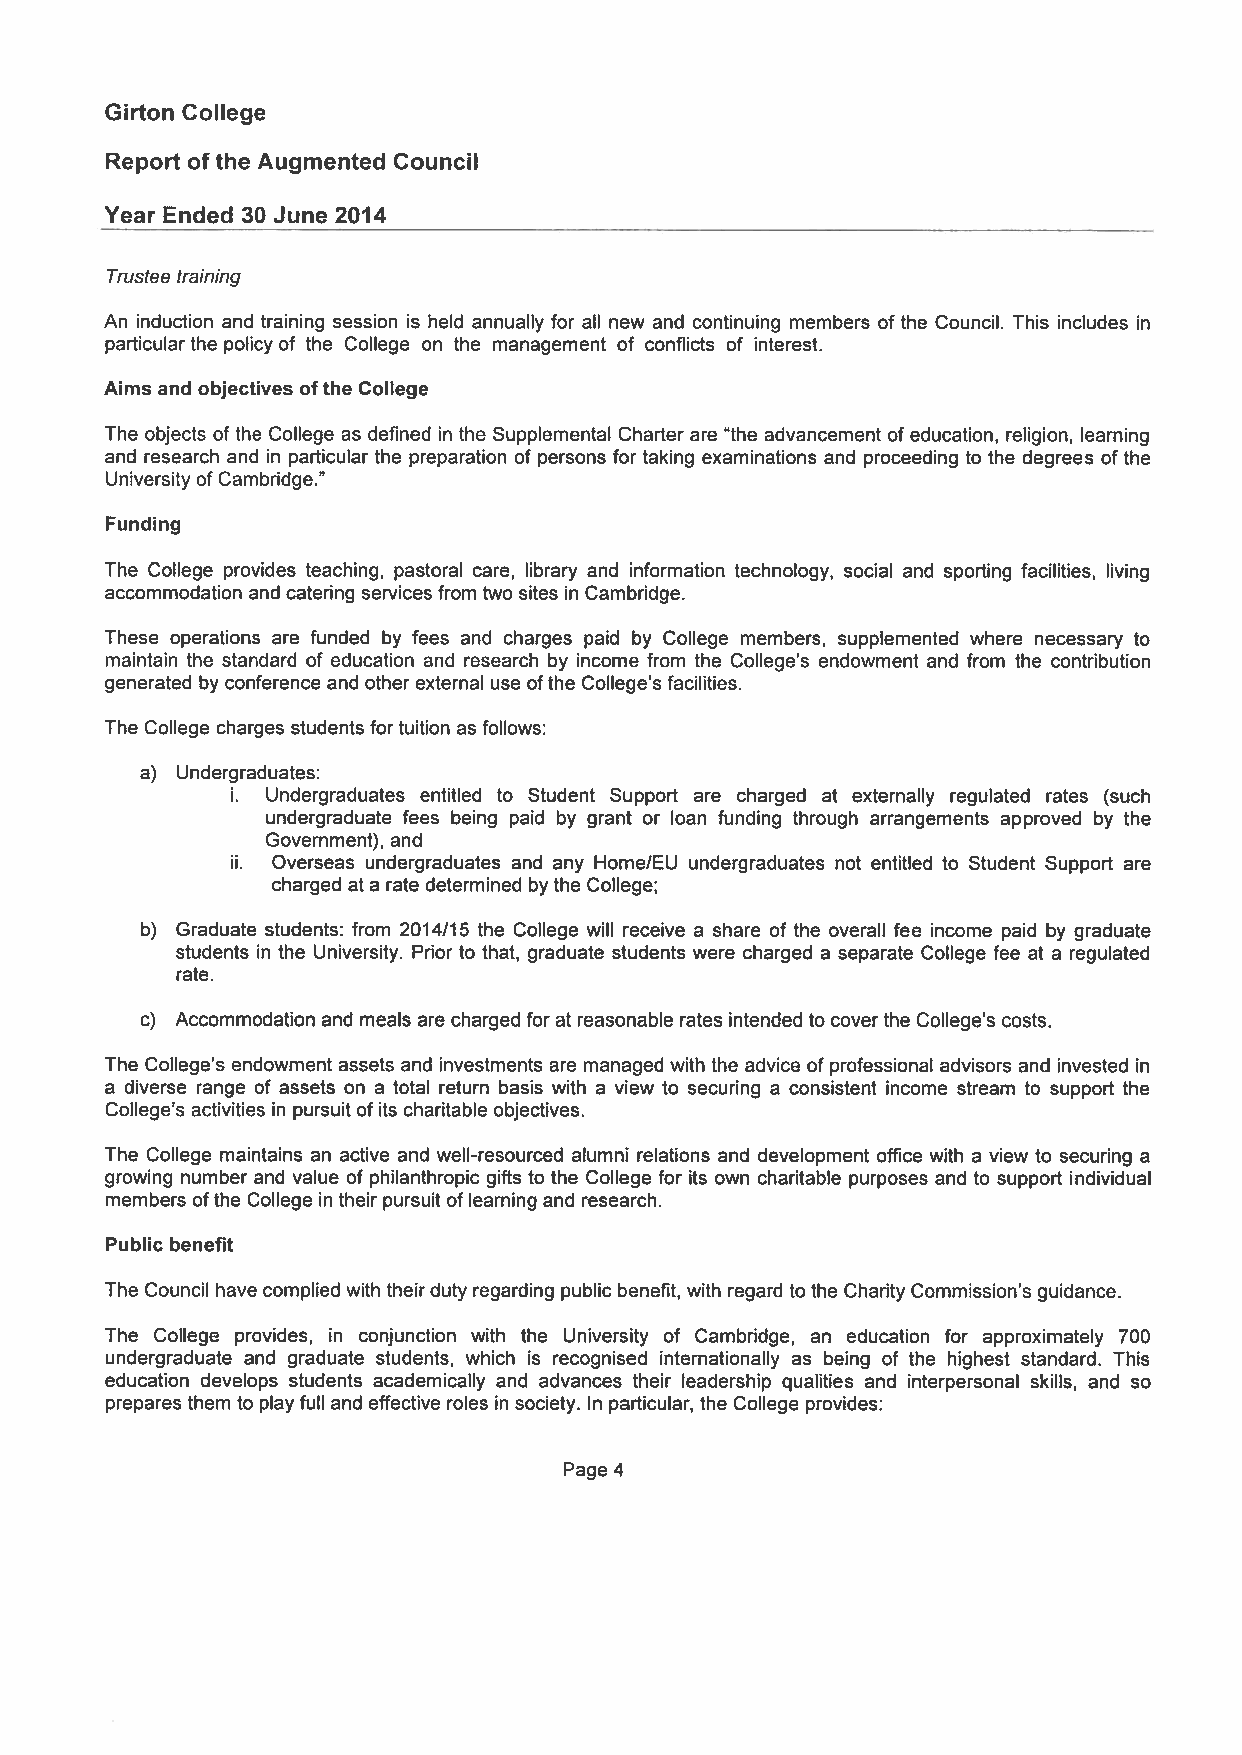
Girton College
 Report of the Augmented Council
 Year Ended 30 June 2014
 Trustee training
 An induction and training session is held annually for all new and continuing members of the Council. This includes in
 particularthe policy of the College on the management of conflicts of interest.
 Aims and objectives ofthe College
 The objects of the College as defined in the Supplemental Charter are the advancement of education, religion, learning
 and research and in particular the preparation of persons for taking examinations and proceeding to the degrees of the
 University of Cambridge.”
 Funding
 The College provides teaching, pastoral care, library and information technology, social and sporting facilities, living
 accommodation and catering services from two sites in Cambridge.
 These operations are funded by fees and charges paid by College members, supplemented where necessary to
 maintain the standard of education and research by income from the College’s endowment and from the contribution
 generated by conference and other external use ofthe College’s facilities.
 The College charges students for tuition as follows:
 a) Undergraduates:
 i. Undergraduates entitled to Student Support are charged at externally regulated rates (such
 undergraduate fees being paid by grant or loan funding through arrangements approved by the
 Government), and
 ii. Overseas undergraduates and any Home/EU undergraduates not entitled to Student Support are
 charged at a rate determined by the College;
 b) Graduate students: from 2014/15 the College will receive a share of the overall fee income paid by graduate
 students in the University. Prior to that, graduate students were charged a separate College fee at a regulated
 rate.
 c) Accommodation and meals are charged for at reasonable rates intended to coverthe College’s costs.
 The College’s endowment assets and investments are managed with the advice of professional advisors and invested in
 a diverse range of assets on a total return basis with a view to securing a consistent income stream to support the
 College’s activities in pursuitofits charitable objectives.
 The College maintains an active and well-resourced alumni relations and development office with a view to securing a
 growing number and value of philanthropic gifts to the College for its own charitable purposes and to support individual
 members ofthe College in their pursuit of learning and research.
 Public benefit
 The Council have complied with their duty regarding public benefit, with regard to the Charity Commission’s guidance.
 The College provides, in conjunction with the University of Cambridge, an education for approximately 700
 undergraduate and graduate students, which is recognised internationally as being of the highest standard. This
 education develops students academically and advances their leadership qualities and interpersonal skills, and so
 prepares them to play full and effective roles in society. In particular, the College provides:
 Page 4